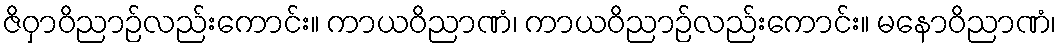
ဇိဝှာဝိညာဉ်လည်းကောင်း။ ကာယဝိညာဏံ၊ ကာယဝိညာဉ်လည်းကောင်း။ မနောဝိညာဏံ၊